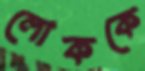
লোককে